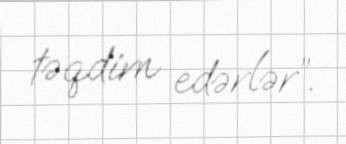
təqdim edərlər”.